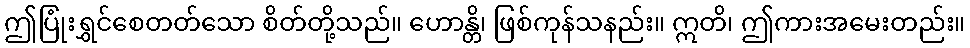
ဤပြုံးရွှင်စေတတ်သော စိတ်တို့သည်။ ဟောန္တိ၊ ဖြစ်ကုန်သနည်း။ ဣတိ၊ ဤကားအမေးတည်း။